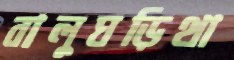
বালুঘড়িথা